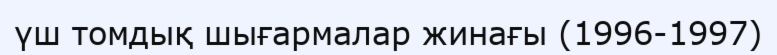
үш томдық шығармалар жинағы (1996-1997)